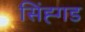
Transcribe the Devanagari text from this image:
सिंह्गड